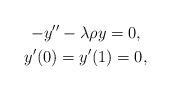
LaTeX: \begin{gather*}-y''-\lambda\rho y=0,\\ y'(0)=y'(1)=0,\end{gather*}